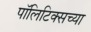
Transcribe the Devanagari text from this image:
पॉलिटिक्सच्या